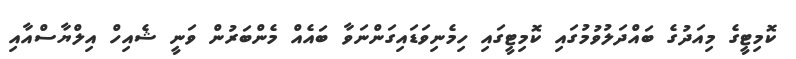
ކޮމިޓީގެ މިއަދުގެ ބައްދަލުވުމުގައި ކޮމިޓީގައި ހިމެނިވަޑައިގަންނަވާ ބައެއް މެންބަރުން ވަނީ ޝެއިހް އިލްޔާސްއާއި